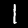
Digit: 1